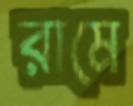
রামে